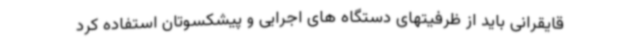
قایقرانی باید از ظرفیتهای دستگاه های اجرایی و پیشکسوتان استفاده کرد